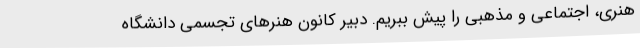
هنری، اجتماعی و مذهبی را پیش ببریم. دبیر کانون هنرهای تجسمی دانشگاه